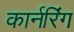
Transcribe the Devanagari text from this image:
कार्नरिंग